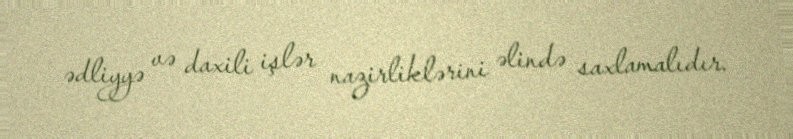
ədliyyə və daxili işlər nazirliklərini əlində saxlamalıdır.